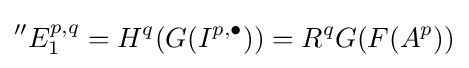
{}^{\prime \prime }E_{1}^{p,q}=H^{q}(G(I^{p,\bullet }))=R^{q}G(F(A^{p}))